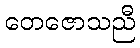
တေဇောသညီ